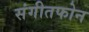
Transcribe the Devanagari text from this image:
संगीतफोन